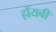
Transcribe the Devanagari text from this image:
हॉयबी